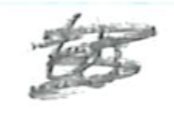
Text: to
Cross-out: scratch
Writing tool: pencil